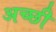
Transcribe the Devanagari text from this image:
अच्छी